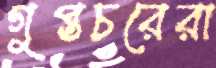
গুপ্তচরেরা